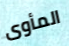
المأوى